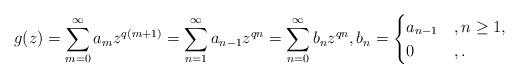
LaTeX: \begin{align*}g(z)=\sum_{m=0}^{\infty}a_mz^{q(m+1)}=\sum_{n=1}^{\infty}a_{n-1}z^{qn}=\sum_{n=0}^{\infty}b_nz^{qn},b_n=\begin{cases}a_{n-1}&, n\geq 1,\\0&, .\end{cases}\end{align*}